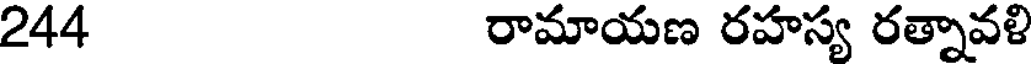
244 రామాయణ రహస్య రత్నావళి